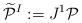
LaTeX: \begin{align*}\widetilde{\cal P}^I := J^1{\cal P}\end{align*}